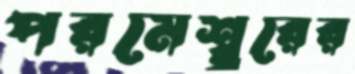
পরমেশ্ব্বরের